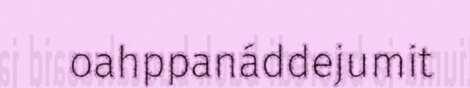
oahppanáddejumit